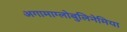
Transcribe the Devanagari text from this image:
अगामाग्लोबुलिनेमिया